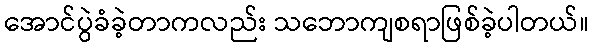
အောင်ပွဲခံခဲ့တာကလည်း သဘောကျစရာဖြစ်ခဲ့ပါတယ်။